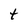
Character: t